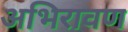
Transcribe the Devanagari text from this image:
अभिरावण